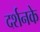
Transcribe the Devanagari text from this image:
दर्शनके